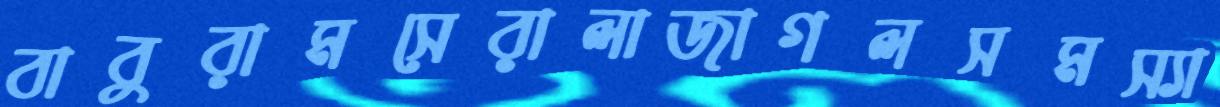
বাবুরামসেরালাজাগলসমস্যা